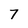
Character: 7